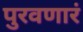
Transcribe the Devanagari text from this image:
पुरवणारं